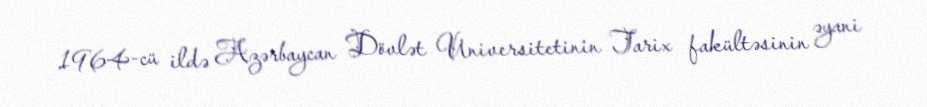
1964-cü ildə Azərbaycan Dövlət Universitetinin Tarix fakültəsinin əyani